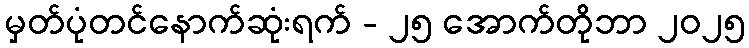
မှတ်ပုံတင်နောက်ဆုံးရက် - ၂၅ အောက်တိုဘာ ၂၀၂၅